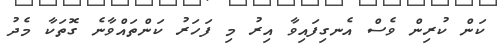
ކަން ކުރިން ވެސް އެނގިފައިވާ އިރު މި ފަހަރު ކަންތައްވާނެ ގޮތަކާ މެދު